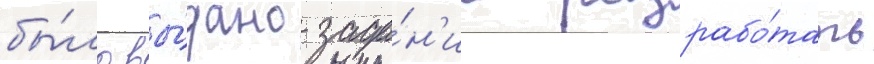
бы́ло вы́дано зада́н'ие разрабо́тать